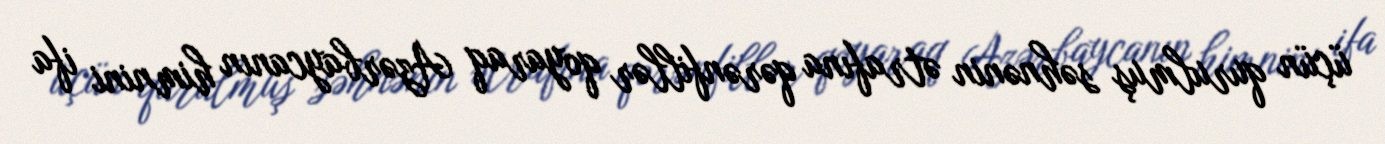
üçün qurulmuş səhnənin ətrafına qərənfillər qoyaraq Azərbaycanın himnini ifa